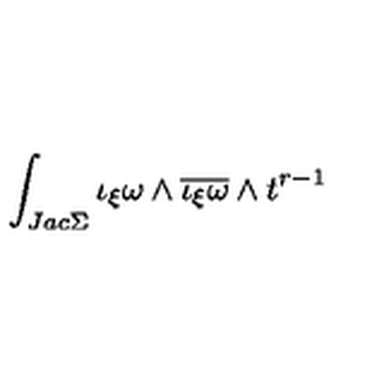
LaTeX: \int _ { J a c \Sigma } \iota _ { \xi } \omega \wedge \overline { { \iota _ { \xi } \omega } } \wedge t ^ { r - 1 }